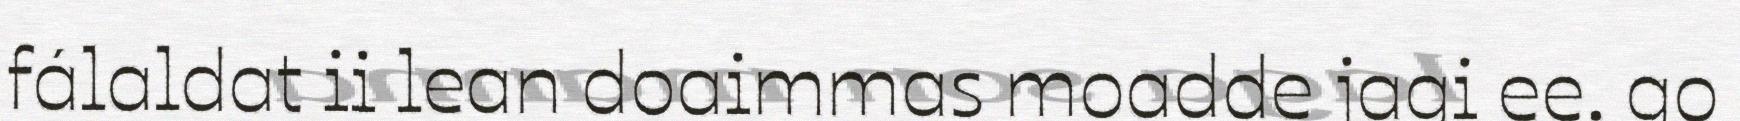
fálaldat ii lean doaimmas moadde jagi ee. go